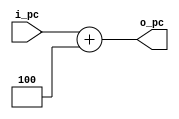
`timescale 1ns / 1ps

module single_pc_plus4(
	input  [8:0] i_pc,
	output [8:0] o_pc
);

	assign o_pc = i_pc + 4;

endmodule